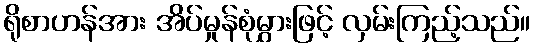
ရိုစာဟန်အား အိပ်မှုန်စုံမွှားဖြင့် လှမ်းကြည့်သည်။